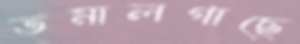
তমালগাছে